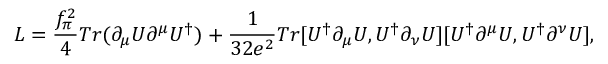
{ \cal L } = \frac { f _ { \pi } ^ { 2 } } { 4 } T r ( \partial _ { \mu } U \partial ^ { \mu } U ^ { \dagger } ) + \frac { 1 } { 3 2 e ^ { 2 } } T r [ U ^ { \dagger } \partial _ { \mu } U , U ^ { \dagger } \partial _ { \nu } U ] [ U ^ { \dagger } \partial ^ { \mu } U , U ^ { \dagger } \partial ^ { \nu } U ] ,